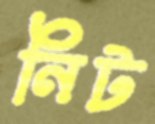
নিট